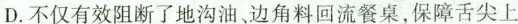
D.不仅有效阻断了地沟油、边角料回流餐桌，保障舌尖上